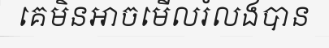
គេមិនអាចមើលរំលងបាន